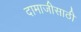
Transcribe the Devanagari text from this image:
दामाजीसाठी